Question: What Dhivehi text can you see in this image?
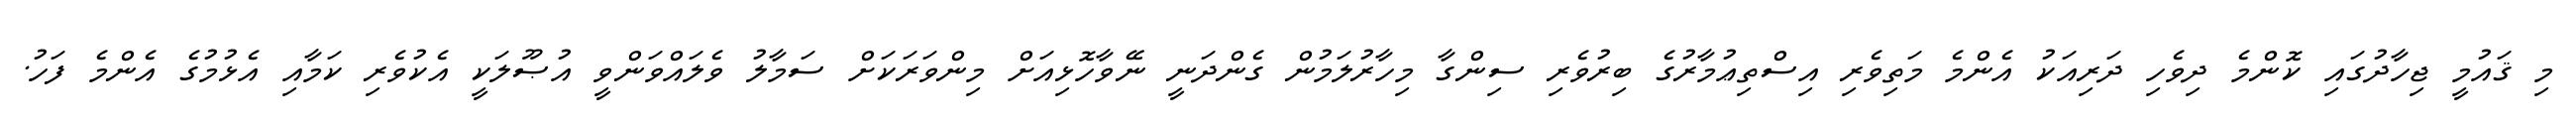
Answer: މި ޤައުމީ ޖިހާދުގައި ކޮންމެ ދިވެހި ދަރިއަކު އެންމެ މަތިވެރި އިސްތިޢުމާރުގެ ބިރުވެރި ސިންގާ މިހާރުލަމުން ގެންދަނީ ނޭވާހޮޅިއަށް މިންވަރަކަށް ސަމާލު ވެލައްވަންވީ އުޞޫލަކީ އެކުވެރި ކަމާއި އެޅުމުގެ އެންމެ ފަހު.